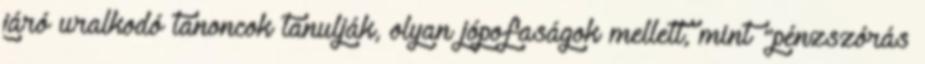
járó uralkodó tanoncok tanulják, olyan jópofaságok mellett, mint "pénzszórás